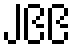
၂၉၉